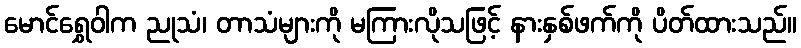
မောင်ရွှေဝါက ညုသံ၊ တာသံများကို မကြားလိုသဖြင့် နားနှစ်ဖက်ကို ပိတ်ထားသည်။